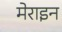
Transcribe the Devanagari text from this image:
मेराइन